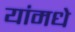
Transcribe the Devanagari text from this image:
यांमधे